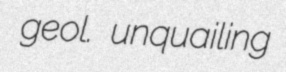
geol. unquailing